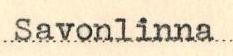
Savonlinna